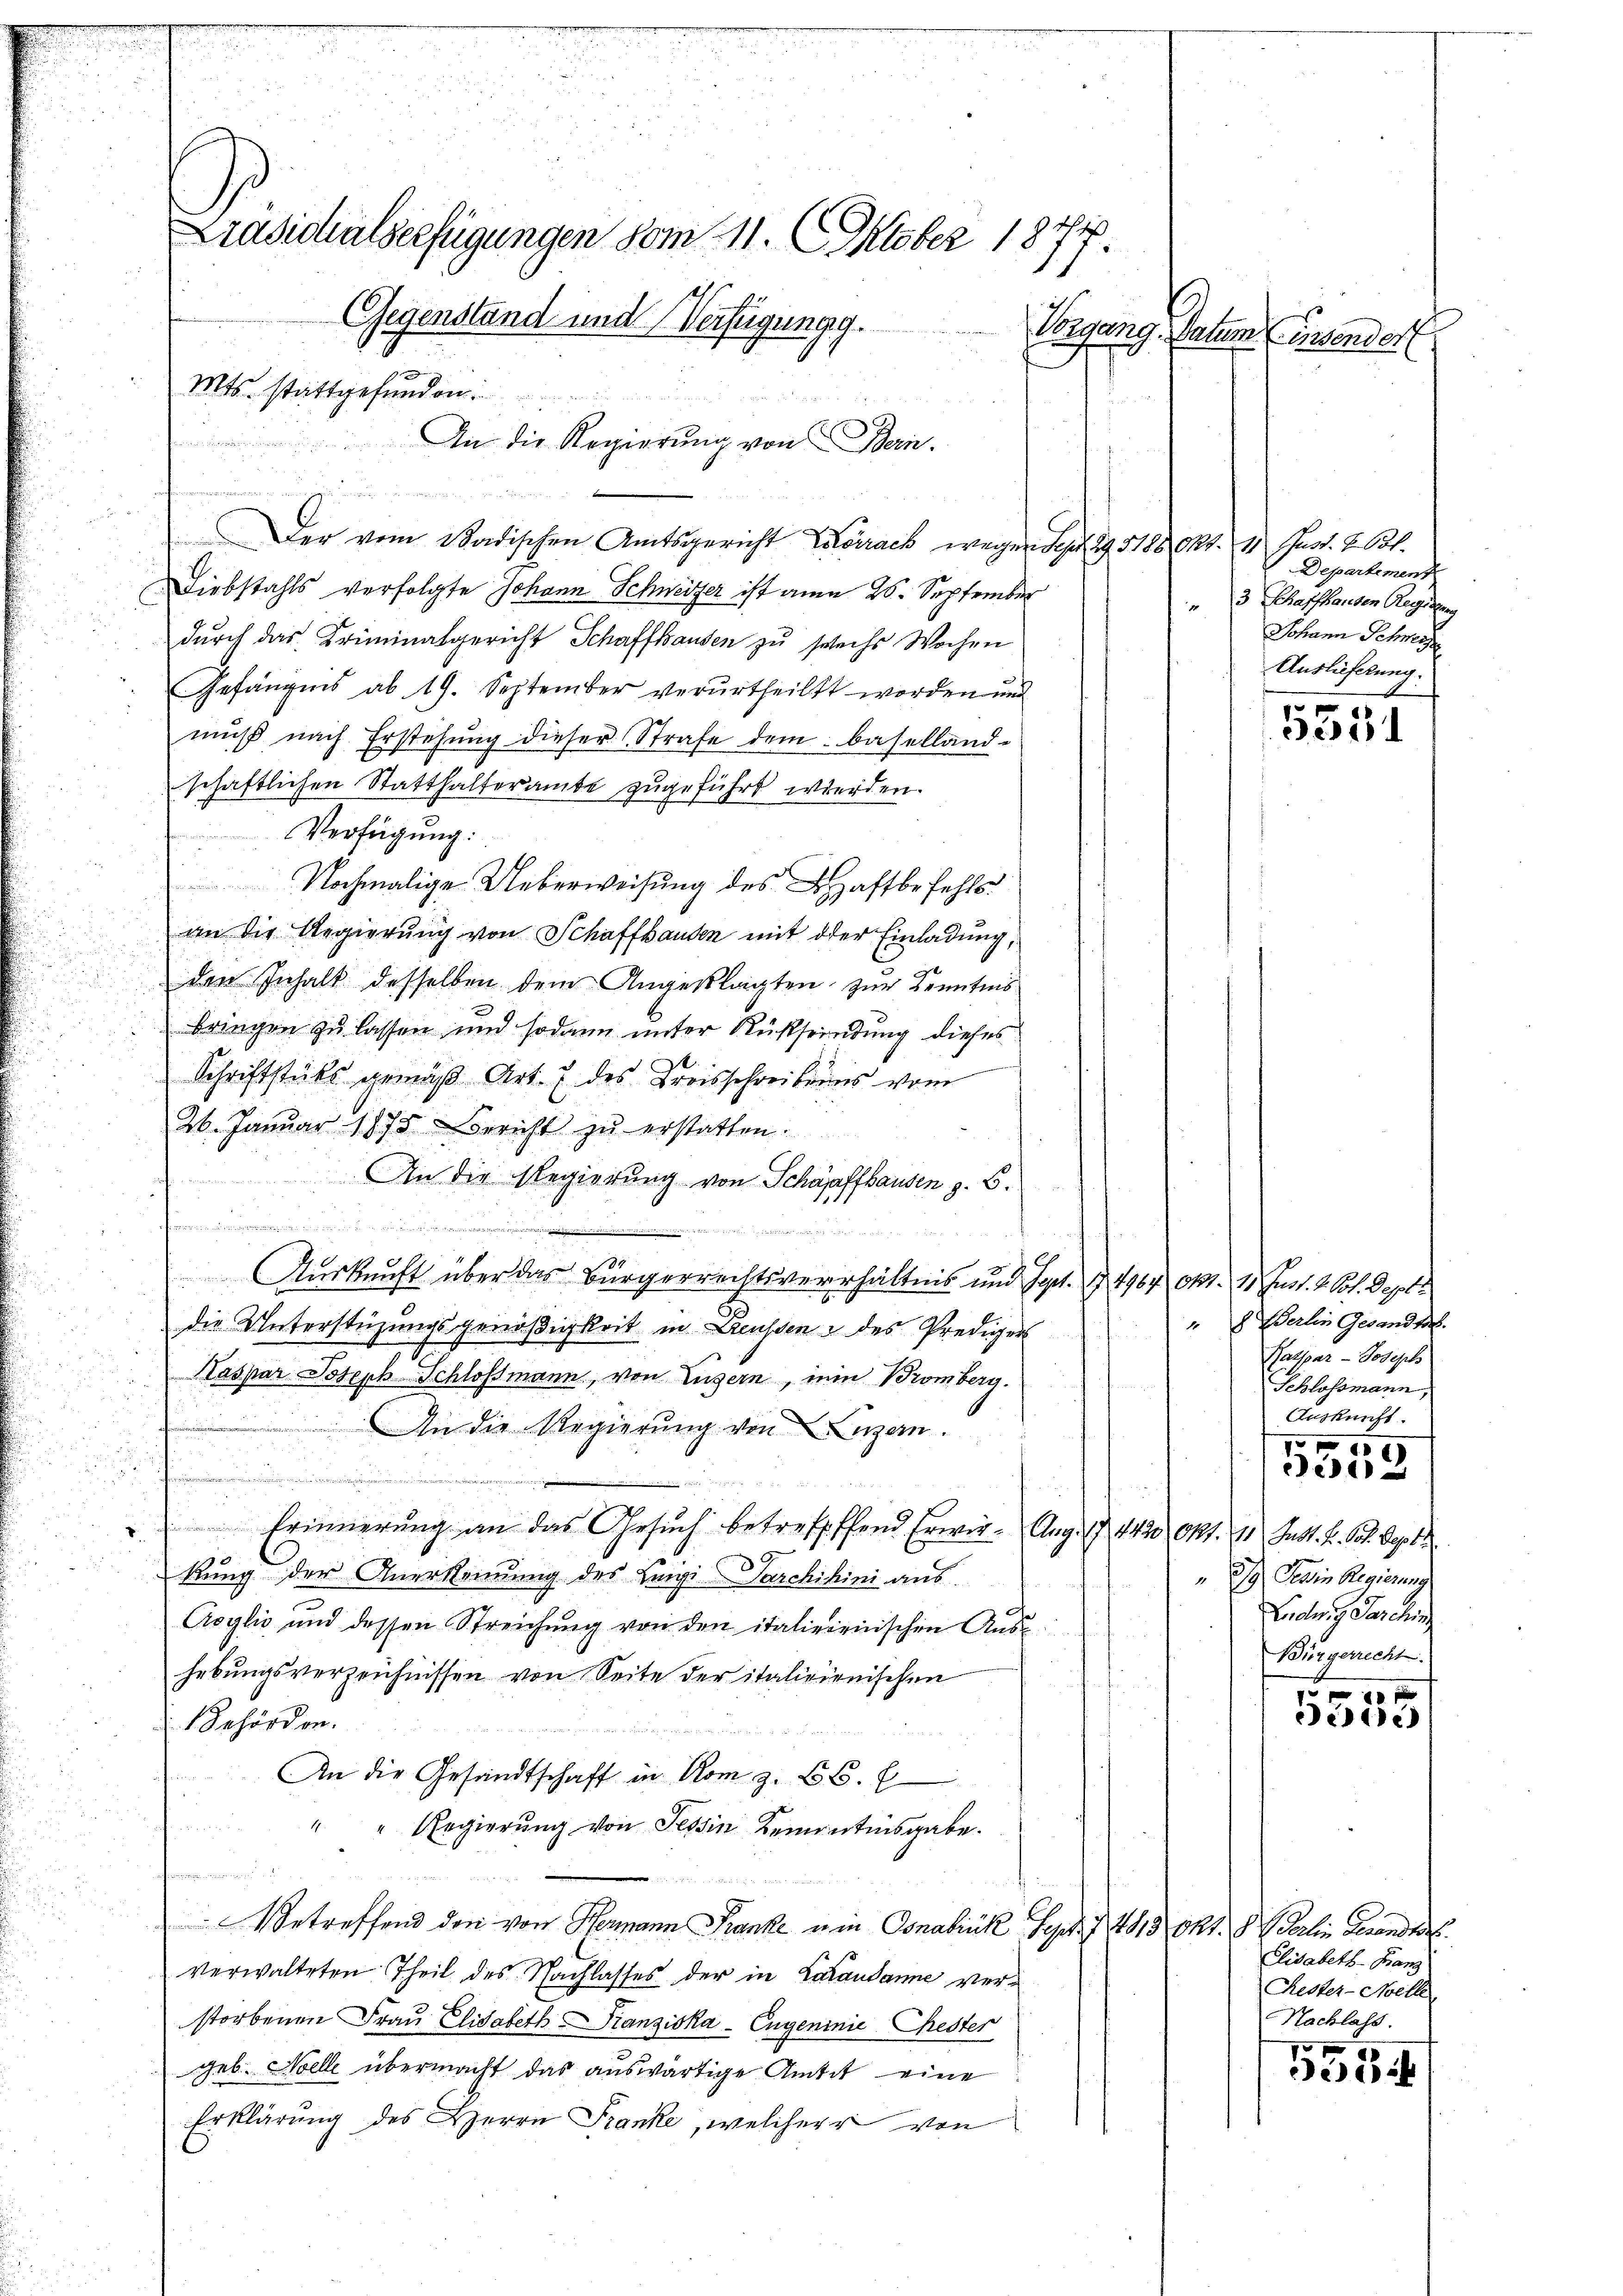
Präsidialserfügungen vom 11. Oktober 1877.
Gegenstand und Verfügungg.
Vorgang. Datum (Einsender

Mts. stattgefunden.
e
An die Regierŭng von Bern.

e
Der vom Badischen Amtsgericht Carrack wegen des 29. 51880.
Diebstahls verfolgte Johann Schweizer ist am 26. September
durch das Kriminalgericht Schaffhausen zu sechs Wochen
Gefängnis ab 19. September verurtheilt worden und
muß nach Erstehung dieser Strafe dem Basellandschaftlichen Statthalteramte zugeführt werden.
Verfügung:
Nochmalige Ueberweisung des Haftbefehls.
an die Regierung von Schaffhausen mit der Einladung,
den Inhalt desselben dem Angeklagten zur Kenntnis
Bringen zu lassen, und sodann unter Rücksendung dieses
Schriftstücks gemäß Art. 7 des Kreisschreibens vom
26. Januar 1875 Bericht zŭ erstatten.
An die Regierung von Schaffhausen z. B.
.

Auskunft über das Bürgerrechtsverhältnis und Sept. 14964 Okt. 11. Just. 2. Joh. Septe
die Unterstüzungsgenößigkeit in Leussen & des Predigers
Haspar Steph Schlossmann, von Luzern, mein Bromberg.
u
An die Regierung von Luzern.
u
 Erinnerung an das Gesuch betreffeffend Erwir- Aug. 17. 1420 Okt. 11. Just. H. Joh. Septe
c
kung der Anerkennung des Leigi-Sarchihini aus
Asylis und dessen Streichung von den italizienischen Aushebungsverzeichnissen von Seite der italieienischen
Gehörden.
An die Gesandtschaft in vom z. B. E
 " " Regierŭng von Tessin Remontinsgabe.
.
¬
betreffend den von Hermann Franke ein Osnabrück Sept. 14913 Okt. 8 dahin Gesandte
verwalteten Theil des Nachlasses der in Larausanne verstorbenen Frau Elisabeth Franziska - Eugeninie Chester
geb. Moelle übermacht das auswärtige Amtit eine
Erklärung des Herrn Franke, welcherr von

Mt. 21. Just. Joh.
Departement
3 Schaffhausen Regierung
Johann Schweiz
Auslieferung.

533

"Berlin Gesandte.
Palspar- Joseph
Schlossmann,
Auskunft.
1
e
2/9 Sein Regierung
Ludwig Jaschin
Bürgerrecht.

710 f
dedie

Elisabeth-Franz
Rester-Moelle
Nachlass.

99
e